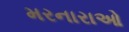
મરનારાઓ